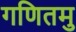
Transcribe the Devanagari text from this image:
गणितमु